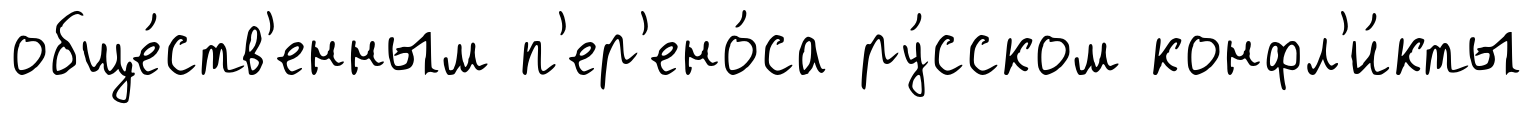
обще́ств'енным п'ер'ено́са ру́сском конфл'и́кты